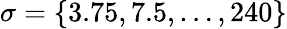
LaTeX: \sigma=\{ 3.75,7.5,\ldots,240\}